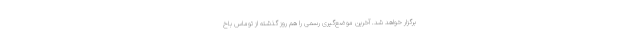
برگزار خواهد شد. آخرین موضع‌گیری رسمی را هم روز گذشته از توماس باخ